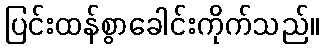
ပြင်းထန်စွာခေါင်းကိုက်သည်။